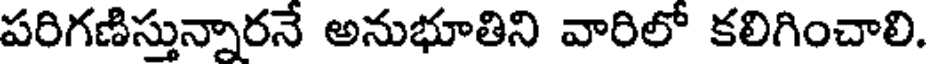
పరిగణిస్తున్నారనే అనుభూతిని వారిలో కలిగించాలి.